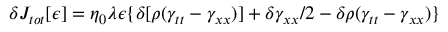
\delta J _ { t o t } [ \epsilon ] = \eta _ { 0 } \lambda \epsilon \{ \delta [ \rho ( \gamma _ { t t } - \gamma _ { x x } ) ] + \delta \gamma _ { x x } / 2 - \delta \rho ( \gamma _ { t t } - \gamma _ { x x } ) \}